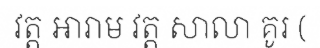
វត្ត អារាម វត្ត សាលា គូរ (